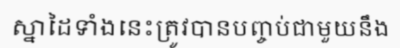
ស្នាដៃទាំងនេះត្រូវបានបញ្ចប់ជាមួយនឹង